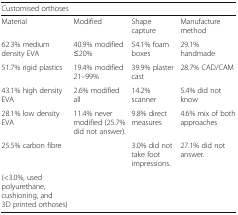
<table><thead><tr><td colspan="4"><b>Customised orthoses</b></td></tr></thead><tbody><tr><td>Material</td><td>Modified</td><td>Shape capture</td><td>Manufacture method</td></tr><tr><td>62.3% medium density EVA</td><td>40.9% modified ≤20%</td><td>54.1% foam boxes</td><td>29.1% handmade</td></tr><tr><td>51.7% rigid plastics</td><td>19.4% modified 21–99%</td><td>39.9% plaster cast</td><td>28.7% CAD/CAM</td></tr><tr><td>43.1% high density EVA</td><td>2.6% modified all</td><td>14.2% scanner</td><td>5.4% did not know</td></tr><tr><td>28.1% low density EVA</td><td>11.4% never modified (25.7% did not answer).</td><td>9.8% direct measures</td><td>4.6% mix of both approaches</td></tr><tr><td>25.5% carbon fibre</td><td></td><td>3.0% did not take foot impressions.</td><td>27.1% did not answer.</td></tr><tr><td>(&lt;3.0%, used polyurethane, cushioning, and 3D printed orthoses)</td><td></td><td></td><td></td></tr></tbody></table>